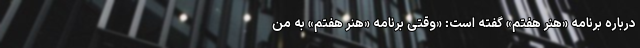
درباره برنامه «هنر هفتم» گفته است: «وقتی برنامه «هنر هفتم» به من